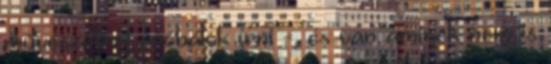
művészetről próbálok írni -, és van aminek nem is